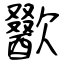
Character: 歠